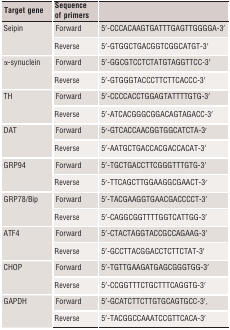
<table><thead><tr><td><b>Target gene</b></td><td><b>Sequence of primers</b></td><td></td></tr></thead><tbody><tr><td rowspan="2">Seipin</td><td>Forward</td><td>5′‐CCCACAAGTGATTTGAGTTGGGGA‐3′</td></tr><tr><td>Reverse</td><td>5′‐GTGGCTGACGGTCGGCATGT‐3′</td></tr><tr><td rowspan="2">α‐synuclein</td><td>Forward</td><td>5′‐GGCGTCCTCTATGTAGGTTCC‐3′</td></tr><tr><td>Reverse</td><td>5′‐GTGGGTACCCTTCTTCACCC‐3′</td></tr><tr><td rowspan="2">TH</td><td>Forward</td><td>5′‐CCCCACCTGGAGTATTTTGTG‐3′</td></tr><tr><td>Reverse</td><td>5′‐ATCACGGGCGGACAGTAGACC‐3′</td></tr><tr><td rowspan="2">DAT</td><td>Forward</td><td>5′‐GTCACCAACGGTGGCATCTA‐3′</td></tr><tr><td>Reverse</td><td>5′‐AATGCTGACCACGACCACAT‐3′</td></tr><tr><td rowspan="2">GRP94</td><td>Forward</td><td>5′‐TGCTGACCTTCGGGTTTGTG‐3′</td></tr><tr><td>Reverse</td><td>5′‐TTCAGCTTGGAAGGCGAACT‐3′</td></tr><tr><td rowspan="2">GRP78/Bip</td><td>Forward</td><td>5′‐TACGAAGGTGAACGACCCCT‐3′</td></tr><tr><td>Reverse</td><td>5′‐CAGGCGGTTTTGGTCATTGG‐3′</td></tr><tr><td rowspan="2">ATF4</td><td>Forward</td><td>5′‐CTACTAGGTACCGCCAGAAG‐3′</td></tr><tr><td>Reverse</td><td>5′‐GCCTTACGGACCTCTTCTAT‐3′</td></tr><tr><td rowspan="2">CHOP</td><td>Forward</td><td>5′‐TGTTGAAGATGAGCGGGTGG‐3′</td></tr><tr><td>Reverse</td><td>5′‐CCGGTTTCTGCTTTCAGGTG‐3′</td></tr><tr><td rowspan="2">GAPDH</td><td>Forward</td><td>5′‐GCATCTTCTTGTGCAGTGCC‐3′,</td></tr><tr><td>Reverse</td><td>5′‐TACGGCCAAATCCGTTCACA‐3′</td></tr></tbody></table>